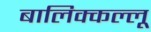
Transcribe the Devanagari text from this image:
बालिक्कल्लू